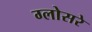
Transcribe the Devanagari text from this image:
ग्लोसरे